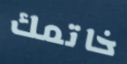
خاتمك